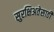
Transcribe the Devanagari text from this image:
सुरक्षिअतेसाठी